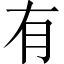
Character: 有